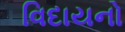
વિદાયનો